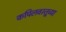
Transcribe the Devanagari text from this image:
कपिलवस्तूच्या